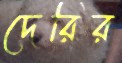
দেরির